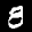
Label: 8